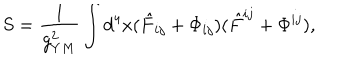
S = \frac { 1 } { g _ { Y M } ^ { 2 } } \int d ^ { 4 } x ( \hat { F } _ { i j } + \Phi _ { i j } ) ( \hat { F } ^ { i j } + \Phi ^ { i j } ) ,